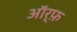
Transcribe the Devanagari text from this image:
ऑर्फ़